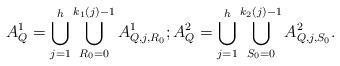
LaTeX: \begin{align*}A^1_Q = \bigcup_{j = 1}^h \bigcup_{R_0 = 0}^{k_1(j)-1} A^1_{Q, j, R_0}; A^2_Q = \bigcup_{j=1}^h \bigcup_{S_0=0}^{k_2(j)-1} A^2_{Q, j, S_0}.\end{align*}